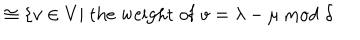
LaTeX: \hspace { . 8 i n } \cong \{ v \in V | \mathrm { \; t h e \; w e i g h t \; o f \; } v = \lambda - \mu \mathrm { \; m o d \; } \delta